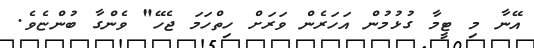
އޭނާ މި ޓީމާ ގުޅުމުން އަހަރެން ވަރަށް ހިތްހަމަ ޖެހޭ" ވެންގާ ބުންޏެވެ.